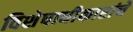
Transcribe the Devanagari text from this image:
विशेषाधीकारांचे